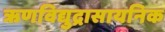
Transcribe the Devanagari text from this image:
ऋणविद्युद्रासायनिक